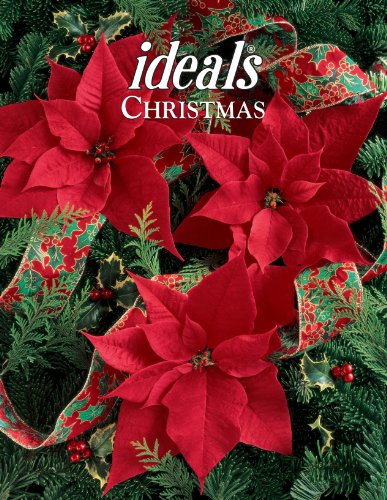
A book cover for Christmas Ideals 2013 (Ideals Christmas); Ideals Editors; Christian Books & Bibles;